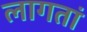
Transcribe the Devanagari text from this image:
लागतां